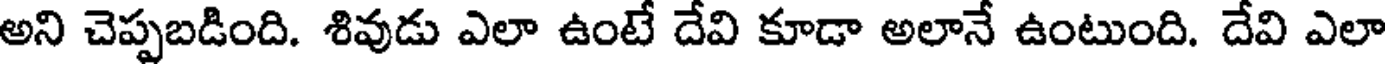
అని చెప్పబడింది. శివుడు ఎలా ఉంటే దేవి కూడా అలానే ఉంటుంది. దేవి ఎలా